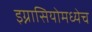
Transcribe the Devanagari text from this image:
इग्नासियोमध्येच